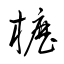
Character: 櫪